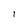
Character: I